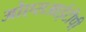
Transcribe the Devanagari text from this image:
ओएसआईटीपी